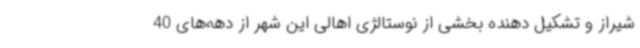
شیراز و تشکیل دهنده بخشی از نوستالژی اهالی این شهر از دهه‌های 40